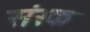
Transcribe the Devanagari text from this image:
संस्क